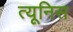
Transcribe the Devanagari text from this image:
त्यूनिस